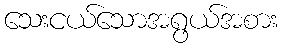
သေးငယ်သောအရွယ်အစား